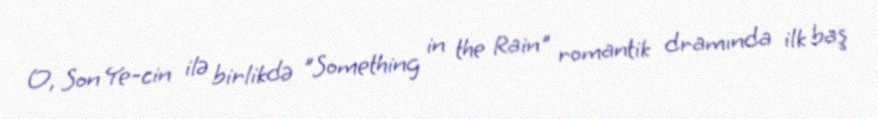
O, Son Ye-cin ilə birlikdə "Something in the Rain" romantik dramında ilk baş